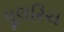
વૂલરિચ